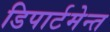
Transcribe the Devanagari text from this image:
डिपार्टमेन्त